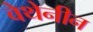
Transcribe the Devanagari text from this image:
वेथेनीन